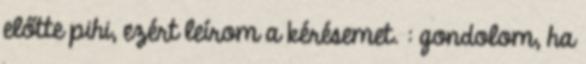
előtte pihi, ezért leírom a kérésemet. : gondolom, ha